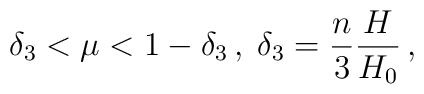
\delta _{3}<\mu <1-\delta _{3}\,,\;\delta _{3}=\frac{n}{3}\frac{H}{H_{0}}\,,